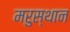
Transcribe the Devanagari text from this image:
मरुस्थान